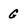
Character: g